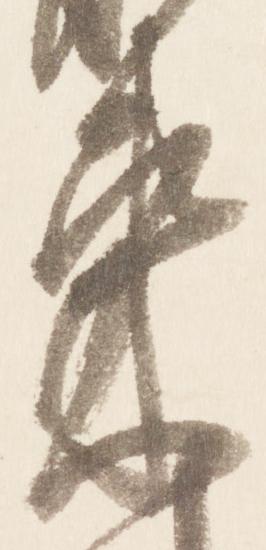
束